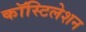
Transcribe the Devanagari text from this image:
कॉस्टिलेशन